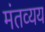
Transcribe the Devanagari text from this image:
मंतव्यय